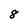
Character: 8